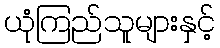
ယုံကြည်သူများနှင့်